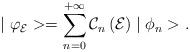
LaTeX: \begin{align*}\mid \varphi _{\mathcal{E}}>=\sum\limits_{n=0}^{+\infty }\mathcal{C}_{n}\left( \mathcal{E}\right) \mid \phi _{n}>. \end{align*}